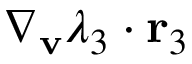
\nabla _ { \mathbf { v } } \lambda _ { 3 } \cdot \mathbf { r } _ { 3 }